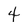
Character: 4